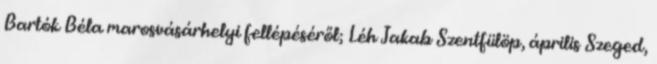
Bartók Béla marosvásárhelyi fellépéséről; Léh Jakab Szentfülöp, április Szeged,